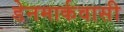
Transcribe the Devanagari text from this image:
डेनमार्कवासी